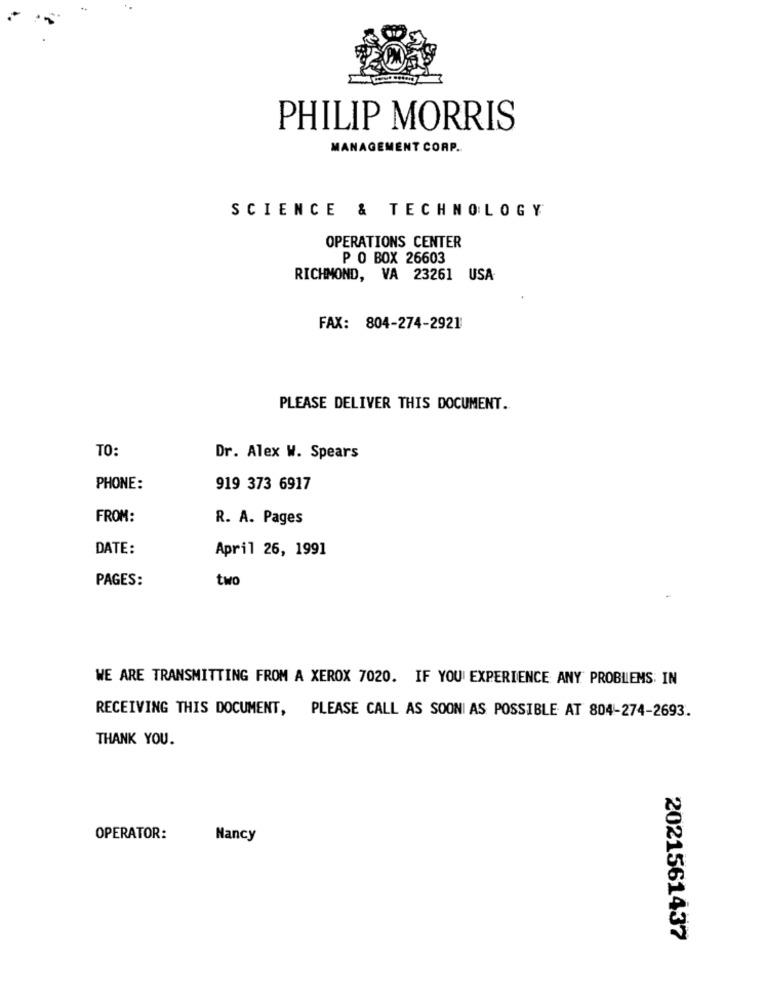
PHILIP MORRIS
MANAGEMENT CORP.
SCIENCE & TECHNOLOGY
OPERATIONS CENTER
P O BOX 26603
RICHMOND, VA 23261 USA
FAX: 804-274-2921
PLEASE DELIVER THIS DOCUMENT.
TO:
Dr. Alex W. Spears
PHONE:
919 373 6917
FROM:
R. A. Pages
DATE:
April 26, 1991
PAGES:
two
WE ARE TRANSMITTING FROM A XEROX 7020. IF YOU' EXPERIENCE ANY PROBLEMS: IN
RECEIVING THIS DOCUMENT, PLEASE CALL AS SOON AS POSSIBLE AT 804-274-2693.
THANK YOU.
OPERATOR:
Nancy
2021561437